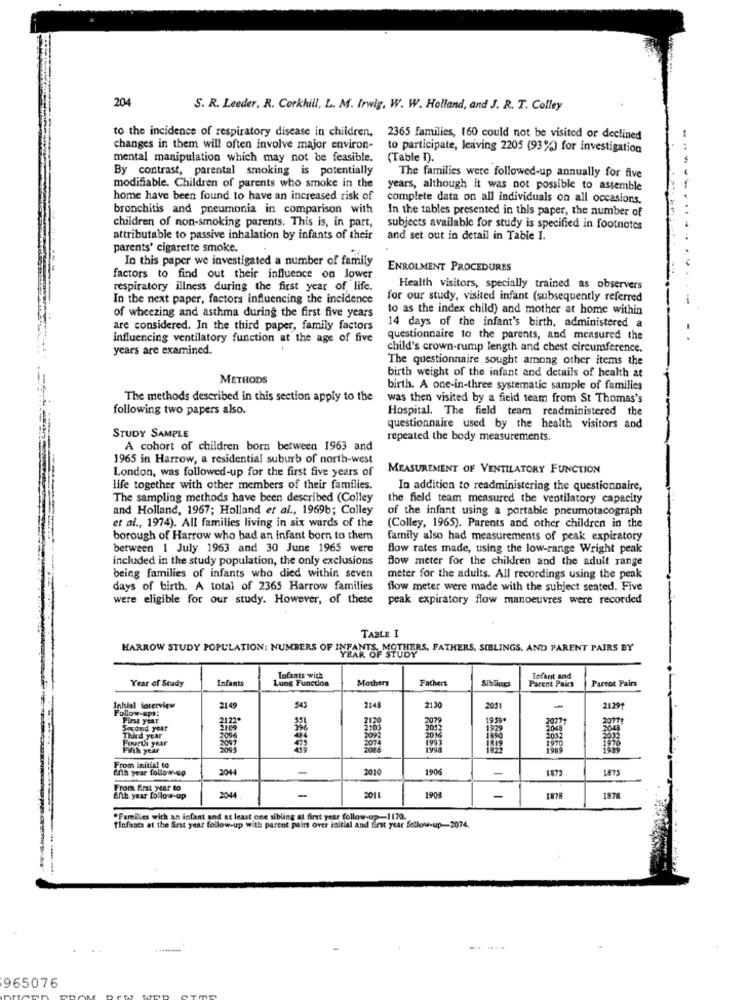
204
S. R. Leeder. R. Corkhill, L. M. Irwig, W. W. Holland, and J. R. T. Colley
to the incidence of respiratory disease in children,
2365 families, 160 could not be visited or declined
-
changes in them will often involve major environ-
to participate, leaving 2205 (93%) for investigation
mental manipulation which may not be feasible.
(Table D).
By contrast, parental smoking is potentially
The families were followed-up annually for five
modifiable. Children of parents who smoke in the
years, although it was not possible to assemble
home have been found to have an increased risk of
complete data on all individuals on all occasions.
bronchitis and pneumonia in comparison with
In the tables presented in this paper, the number of
children of non-smoking parents. This is, in part,
subjects available for study is specified in footnotes
attributable to passive inhalation by infants of their
and set out in detail in Table I.
parents' cigarette smoke.
In this paper we investigated a number of family
ENROLMENT PROCEDURES
factors to find out their influence on lower
respiratory illness during the first year of life.
Health visitors, specially trained as observers
In the next paper, factors influencing the incidence
for our study, visited infant (subsequently referred
to as the index child) and mother at home within
of wheezing and asthma during the first five years
are considered. In the third paper, family factors
14 days of the infant's birth, administered a
influencing ventilatory function at the age of five
questionnaire to the parents, and measured the
years are examined.
child's crown-rump length and chest circumference.
The questionnaire sought among other items the
birth weight of the infant and details of health at
METHODS
birth. A one-in-three systematic sample of families
The methods described in this section apply to the
was then visited by a field team from St Thomas's
following two papers also.
Hospital. The field team readministered the
questionnaire used by the health visitors and
STUDY SAMPLE
repeated the body measurements.
A cohort of children born between 1963 and
1965 in Harrow, a residential suburb of north-west
London, was followed-up for the first five years of
MEASUREMENT OF VENTILATORY FUNCTION
life together with other members of their families.
In addition to readministering the questionnaire,
The sampling methods have been described (Colley
the field team measured the ventilatory capacity
and Holland, 1967; Holland et al ., 1969b; Colley
of the infant using a portable pneumotacograph
et al ., 1974). All families living in six wards of the
(Colley, 1965). Parents and other children in the
borough of Harrow who had an infant born to them
family also had measurements of peak expiratory
between 1 July 1963 and 30 June 1965 were
flow rates made, using the low-range Wright peak
included in the study population, the only exclusions
flow meter for the children and the adult range
being families of infants who died within seven
meter for the adults. All recordings using the peak
days of birth. A total of 2365 Harrow families
flow meter were made with the subject seated. Five
were eligible for our study. However, of these
peak expiratory flow manoeuvres were recorded
TABLE I
HARROW STUDY POPULATION: NUMBERS OF INFANTS, MOTHERS, FATHERS, SIBLINGS, AND PARENT PAIRS BY
Year of Study
Infants
Lung Function
Tofants wich
Mothers
Fathers
Siblings
Parent Pairs
Tofant and
Parent Pairs
2148
Inklal Soterview
Follow-ups:
2149
21.30
2051
-
21291
First year
2122*
2079
19.99
2077
Second year
2109
1929
2048
Third year
Fourth year
2096
1032
100
Fifth year
From initial to
fath year follow-up
2044
-
2010
1906
1871
From Artt year to
Afib year follow-up
2044
-
2011
1908
-
1878
"Families with an infant and at least one sibling at first year follow-up-1170.
tinfases at the first year follow-up with parent pains over initial and Erst year follow-up-2074.
965076